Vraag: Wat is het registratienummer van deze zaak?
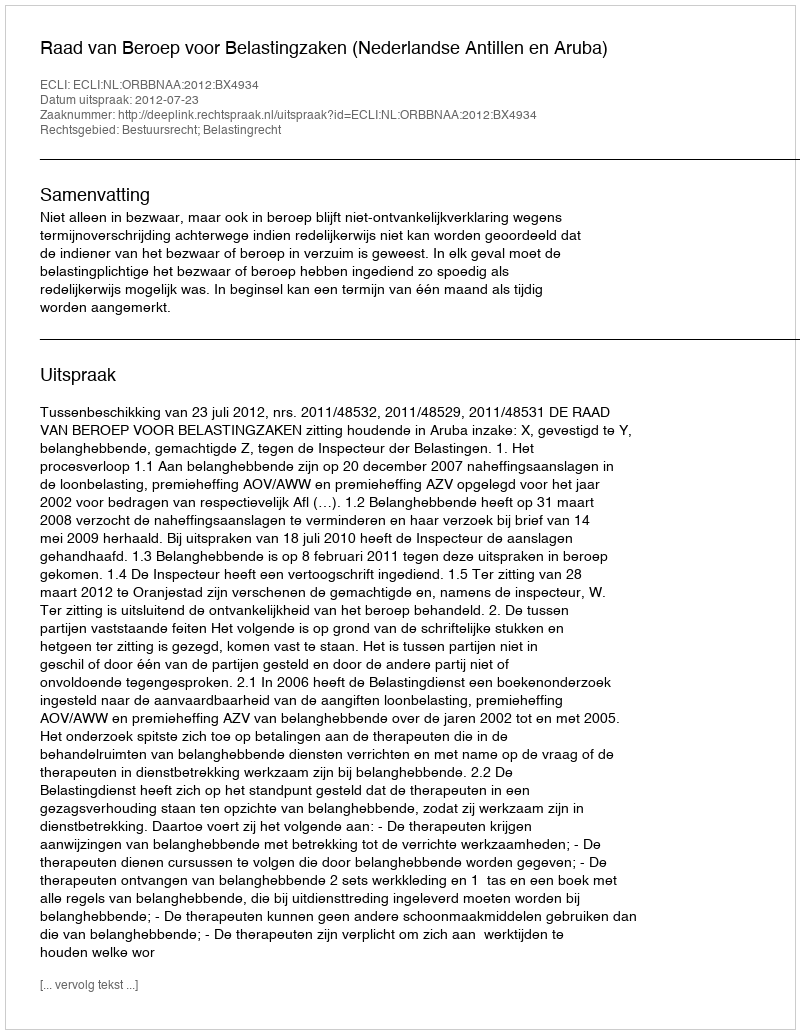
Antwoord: http://deeplink.rechtspraak.nl/uitspraak?id=ECLI:NL:ORBBNAA:2012:BX4934